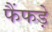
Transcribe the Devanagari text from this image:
फैंफड़े